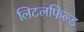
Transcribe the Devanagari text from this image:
लिटलफिल्ड